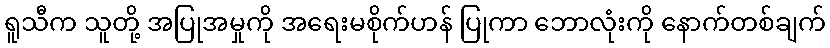
ရူသီက သူတို့ အပြုအမှုကို အရေးမစိုက်ဟန် ပြုကာ ဘောလုံးကို နောက်တစ်ချက်